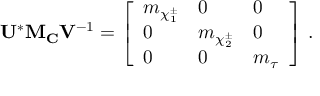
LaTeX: { \bf U } ^ { * } { \bf M _ { C } } { \bf V } ^ { - 1 } = \left[ \begin{array} { l l l } { { m _ { \chi _ { 1 } ^ { \pm } } } } & { { 0 } } & { { 0 } } \\ { { 0 } } & { { m _ { \chi _ { 2 } ^ { \pm } } } } & { { 0 } } \\ { { 0 } } & { { 0 } } & { { m _ { \tau } } } \end{array} \right] \, .